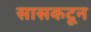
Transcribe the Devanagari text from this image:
सासकटून